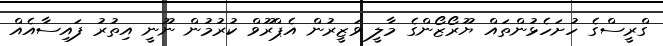
ގްރީސްގެ ހުށަހެޅުންތައް ޔޫރޯޒޯންގެ މާލީ ވަޒީރުން އެޕްރޫވް ކުރުމުން ނޫނީ އިތުރު ފައިސާއެއް